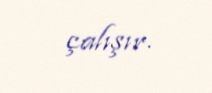
çalışır.